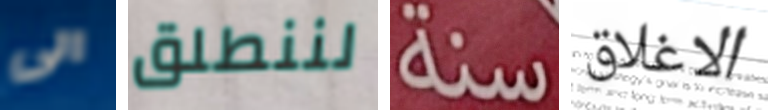
الى لننطلق سنة الاغلاق